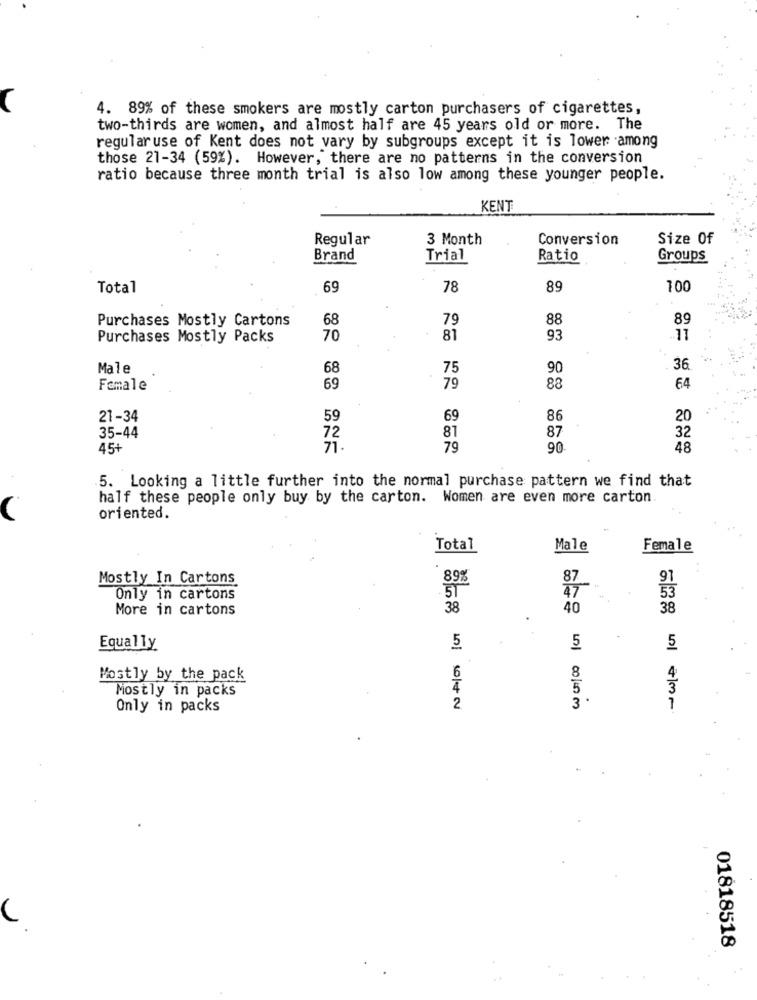
4. 89% of these smokers are mostly carton purchasers of cigarettes,
two-thirds are women, and almost half are 45 years old or more. The
regularuse of Kent does not vary by subgroups except it is lower among
those 21-34 (59%). However, there are no patterns in the conversion
ratio because three month trial is also low among these younger people.
KENT
Regular
3 Month
Conversion
Size Of
Brand
Trial
Ratio
Groups
Total
69
78
89
100
Purchases Mostly Cartons
68
79
88
89
Purchases Mostly Packs
70
81
93
11
Male
68
75
90
36
Female
69
79
88
64
21-34
59
69
86
20
81
87
35-44
72
32
45+
71
79
90
48
5. Looking a little further into the normal purchase pattern we find that
half these people only buy by the carton. Women are even more carton.
oriented.
Total
Male
Female
Mostly In Cartons
89%
91
ज्ञा
53
Only in cartons
More in cartons
38
40
38
Equally
5
L
5
5
8
Mostly by the pack
6
4
Mostly in packs
5
Only in packs
01818518